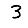
Digit: 3